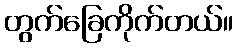
တွက်ခြေကိုက်တယ်။